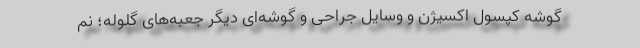
گوشه کپسول اکسیژن و وسایل جراحی و گوشه‌ای دیگر جعبه‌های گلوله؛ نم